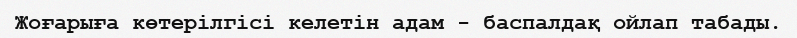
Жоғарыға көтерілгісі келетін адам - баспалдақ ойлап табады.